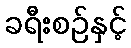
ခရီးစဉ်နှင့်